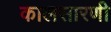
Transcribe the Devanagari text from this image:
कालसारणी